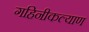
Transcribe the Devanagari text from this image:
गहिनीकल्याण